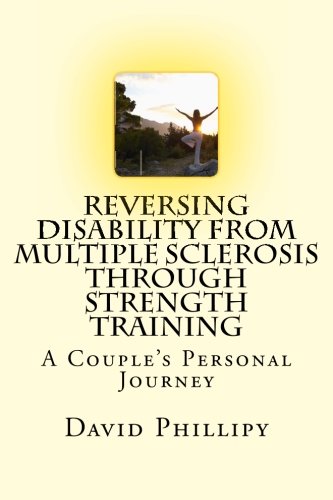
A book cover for Reversing Disability from Multiple Sclerosis through Strength Training: A Personal Journey; Mr. David A Phillipy; Health, Fitness & Dieting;